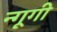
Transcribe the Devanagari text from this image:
न्गूगी